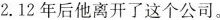
2.12年后他离开了这个公司.